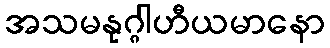
အသမနုဂ္ဂါဟီယမာနော